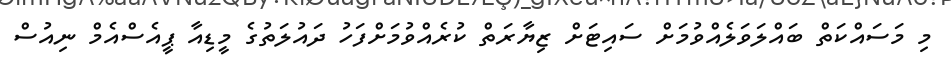
މި މަސައްކަތް ބައްލަވަލެއްވުމަށް ސައިޓަށް ޒިޔާރަތް ކުރެއްވުމަށްފަހު ދައުލަތުގެ މީޑިއާ ޕީއެސްއެމް ނިއުސް